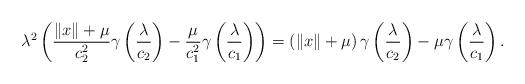
LaTeX: \begin{align*}\lambda^{2}\left(\frac{\left\Vert x\right\Vert +\mu}{c_{2}^{2}}\gamma\left(\frac{\lambda}{c_{2}}\right)-\frac{\mu}{c_{1}^{2}}\gamma\left(\frac{\lambda}{c_{1}}\right)\right)=\left(\left\Vert x\right\Vert +\mu\right)\gamma\left(\frac{\lambda}{c_{2}}\right)-\mu\gamma\left(\frac{\lambda}{c_{1}}\right).\end{align*}